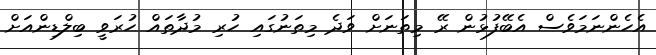
އެހެންނަމަވެސް އެބޭފުޅުން ރޭ މިތަނަށް ވަދެ މިތަނުގައި ހުރި މުދާތައް ހުރަވީ ބިލްޑިންއަށް